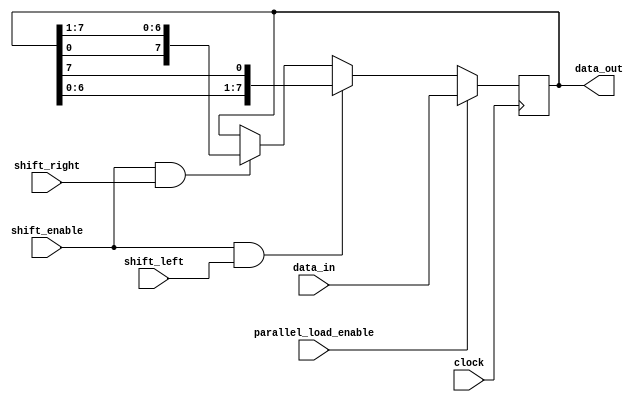
module UniversalShiftRegister (
    input wire [7:0] data_in, // Input data
    input wire shift_left, // Shift direction control signal for left shift
    input wire shift_right, // Shift direction control signal for right shift
    input wire shift_enable, // Shift enable control signal
    input wire parallel_load_enable, // Parallel load enable control signal
    input wire clock, // Clock input
    output reg [7:0] data_out // Output data
);

reg [7:0] register; // Shift register storage

always @(posedge clock) begin
    if (parallel_load_enable) // Load data into register
        register <= data_in;
    else if (shift_enable && shift_left) // Shift left
        register <= {register[6:0], register[7]};
    else if (shift_enable && shift_right) // Shift right
        register <= {register[0], register[7:1]};
end

assign data_out = register;

endmodule